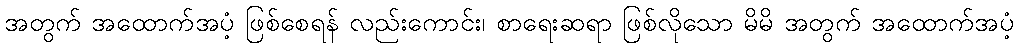
အတွက် အထောက်အပံ့ ဖြစ်စေရန် လည်းကောင်း၊ စာရေးဆရာ ဖြစ်လိုသော မိမိ အတွက် အထောက်အပံ့